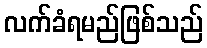
လက်ခံရမည်ဖြစ်သည်